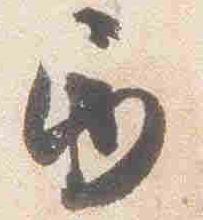
巻